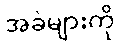
အခဲများကို